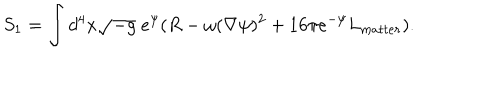
LaTeX: S _ { 1 } = \int d ^ { 4 } x \sqrt { - g } \; e ^ { \psi } ( R - \omega ( \nabla \psi ) ^ { 2 } + 1 6 \pi e ^ { - \psi } L _ { m a t t e r } ) .